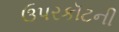
ઉપરકૉટની